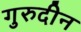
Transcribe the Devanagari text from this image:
गुरुदीन